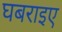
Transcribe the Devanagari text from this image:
घबराइए